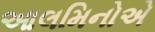
આલમિનોએ